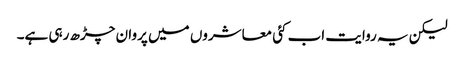
لیکن یہ روایت اب کئی معاشروں میں پروان چڑھ رہی ہے۔